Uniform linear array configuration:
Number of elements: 8
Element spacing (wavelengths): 0.75
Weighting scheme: kaiser
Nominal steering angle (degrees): -60
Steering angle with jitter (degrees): -59.106
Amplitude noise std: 0.05
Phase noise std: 0.05

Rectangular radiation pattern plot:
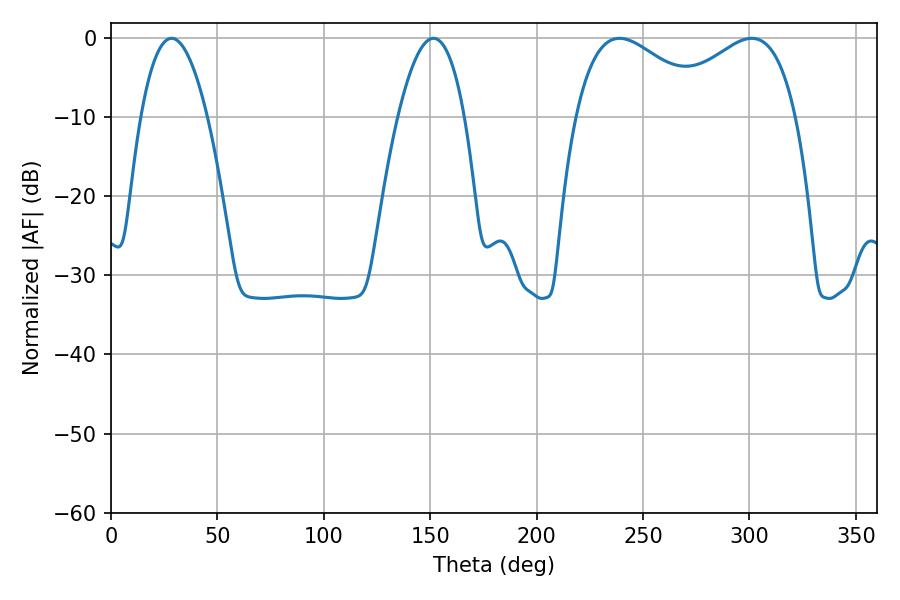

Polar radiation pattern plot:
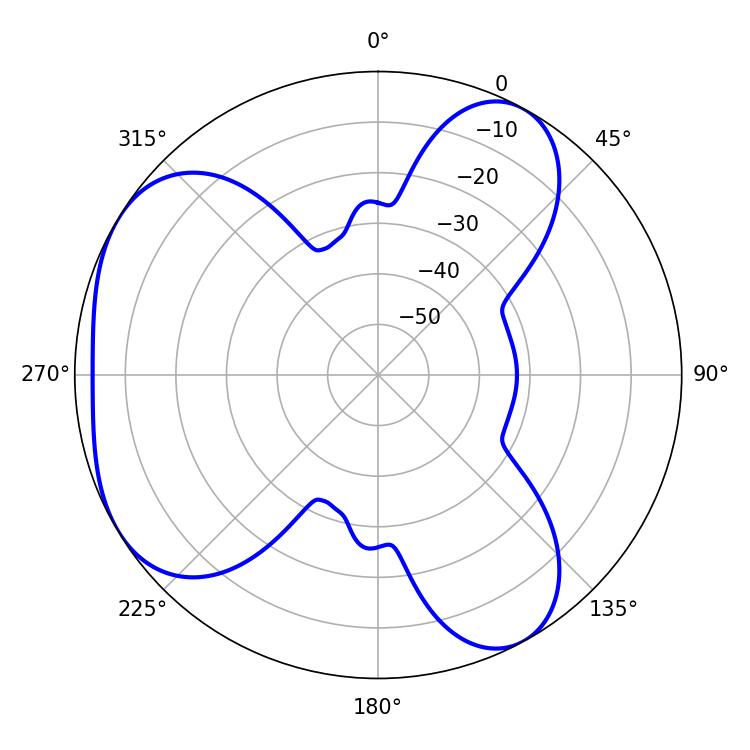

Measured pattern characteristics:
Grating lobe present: TRUE
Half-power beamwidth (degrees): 17.28
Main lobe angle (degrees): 28.44